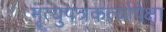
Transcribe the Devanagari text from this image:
मृत्युपत्रकर्त्यापेक्षा